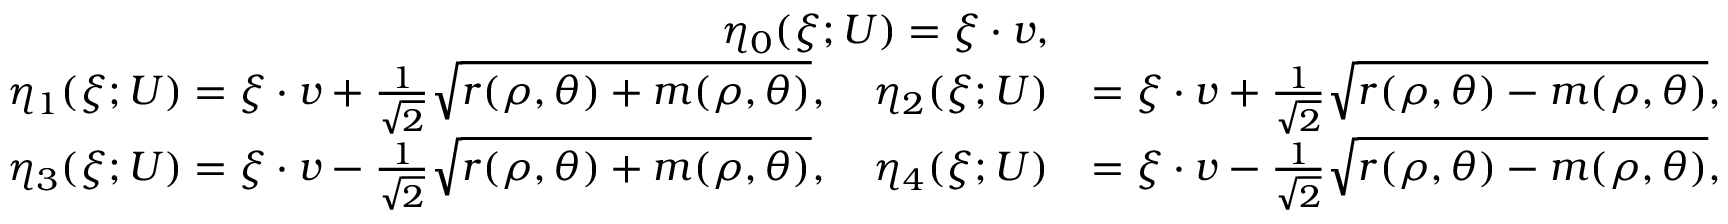
\begin{array} { r l } { \eta _ { 0 } ( \xi ; U ) = \xi \cdot v , } & { } \\ { \eta _ { 1 } ( \xi ; U ) = \xi \cdot v + \frac { 1 } { \sqrt { 2 } } \sqrt { r ( \rho , \theta ) + m ( \rho , \theta ) } , \quad \eta _ { 2 } ( \xi ; U ) } & { = \xi \cdot v + \frac { 1 } { \sqrt { 2 } } \sqrt { r ( \rho , \theta ) - m ( \rho , \theta ) } , } \\ { \eta _ { 3 } ( \xi ; U ) = \xi \cdot v - \frac { 1 } { \sqrt { 2 } } \sqrt { r ( \rho , \theta ) + m ( \rho , \theta ) } , \quad \eta _ { 4 } ( \xi ; U ) } & { = \xi \cdot v - \frac { 1 } { \sqrt { 2 } } \sqrt { r ( \rho , \theta ) - m ( \rho , \theta ) } , } \end{array}